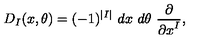
D _ { I } ( x , \theta ) = ( - 1 ) ^ { | I | } \ d x \ d \theta \ { \frac { \partial } { { \partial x } ^ { I } } } ,